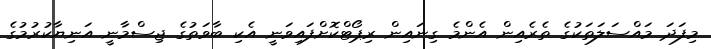
މިފަދަ މައްސަލަތަކުގެ ތެރެއިން އެންމެ ގިނައިން ރިޕޯޓްކޮށްފައިވަނީ އެކި ބާވަތުގެ ޖިސްމާނީ އަނިޔާކުރުމުގެ